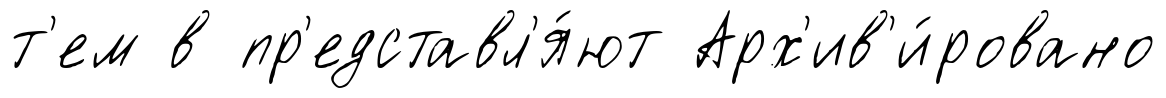
т'ем в пр'едставл'я́ют Арх'ив'и́ровано